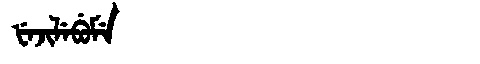
Manchu: ᡶᡝᠵᡳᠯᡝᠪᡠᠮᡝ
Romanization: FEJILEBUME